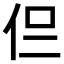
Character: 𠇝